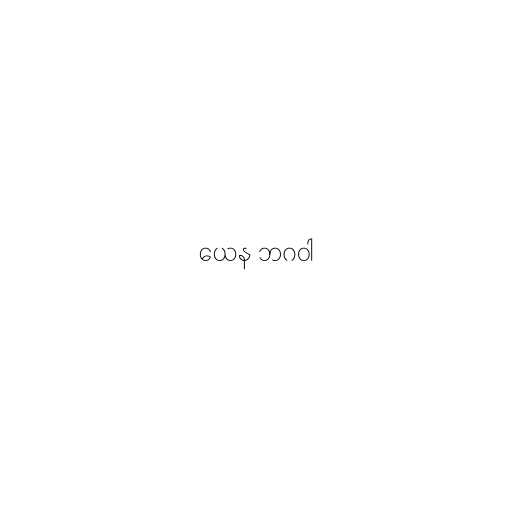
ယေန ဘဂဝါ